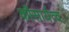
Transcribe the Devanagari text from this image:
कौसार्यत्व